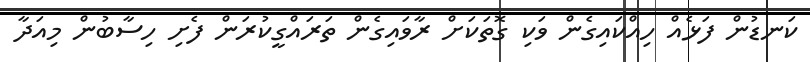
ކަނޑުން ފަޅެއް ހިއްކައިގެން ވަކި ގޮތަކަށް ރާވައިގެން ތަރައްގީކުރަން ފެށި ހިސާބުން މިއަދާ